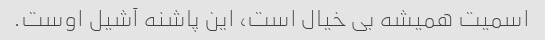
اسمیت همیشه بی خیال است، این پاشنه آشیل اوست.